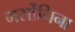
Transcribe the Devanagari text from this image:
मर्सोनिना